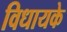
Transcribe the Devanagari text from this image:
विधायके